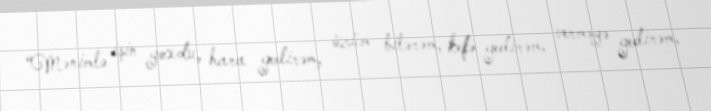
“Mənimlə işin yoxdu, hara gedirəm, özüm bilərəm, kefə gedirəm, verməyə gedirəm,